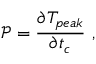
\mathscr { P } = \frac { \partial T _ { p e a k } } { \partial t _ { c } } ~ ,